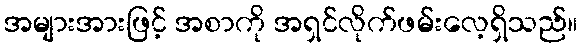
အများအားဖြင့် အစာကို အရှင်လိုက်ဖမ်းလေ့ရှိသည်။